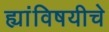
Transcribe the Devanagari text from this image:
ह्यांविषयीचे